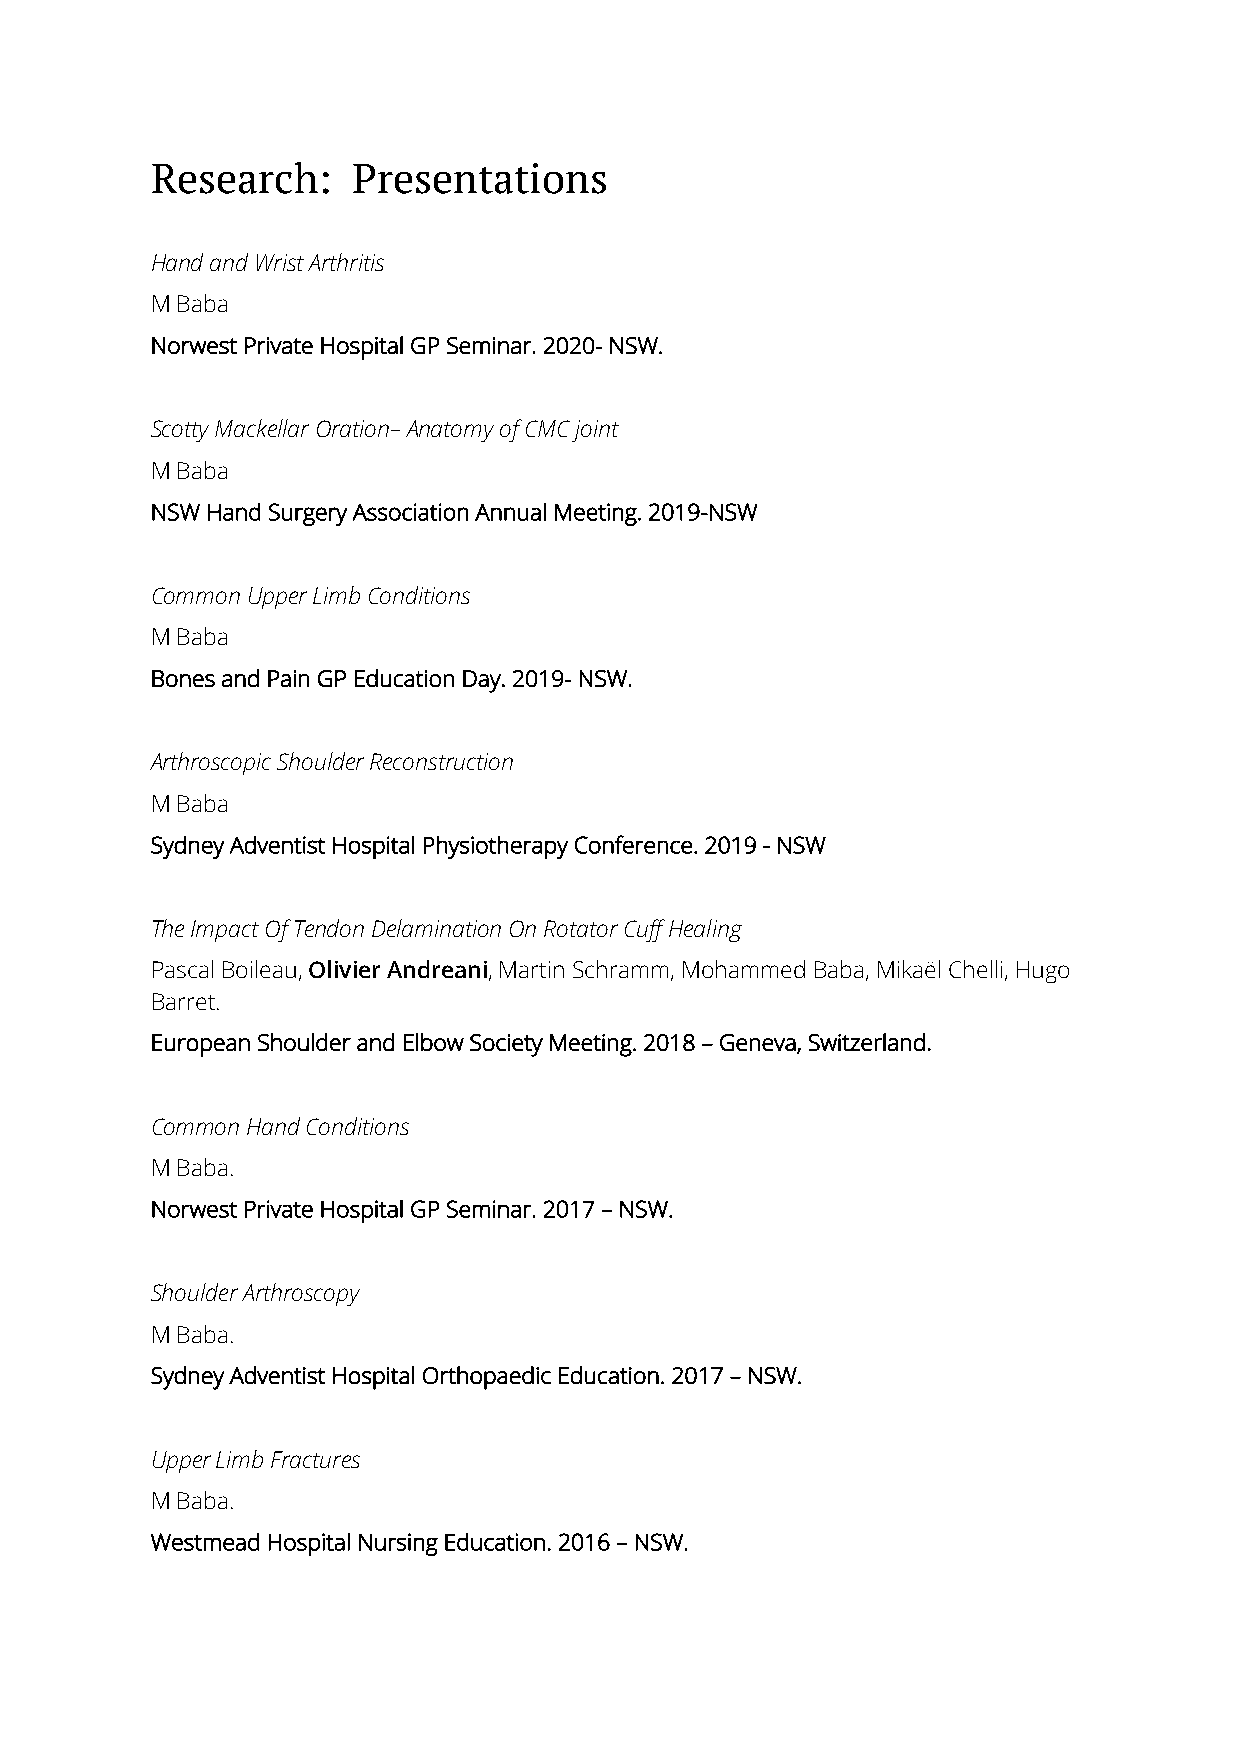
Research:    Presentations
 Hand and Wrist Arthritis
 M Baba
 Norwest Private Hospital GP Seminar. 2020- NSW.
 Scotty Mackellar Oration– Anatomy of CMC joint
 M Baba
 NSW Hand Surgery Association Annual Meeting. 2019-NSW
 Common Upper Limb Conditions
 M Baba
 Bones and Pain GP Education Day. 2019- NSW.
 Arthroscopic Shoulder Reconstruction
 M Baba
 Sydney Adventist Hospital Physiotherapy Conference. 2019 - NSW
 The Impact Of Tendon Delamination On Rotator Cuff Healing
 Pascal Boileau, Olivier Andreani, Martin Schramm, Mohammed Baba, Mikaël Chelli, Hugo
 Barret.
 European Shoulder and Elbow Society Meeting. 2018 – Geneva, Switzerland.
 Common Hand Conditions
 M Baba.
 Norwest Private Hospital GP Seminar. 2017 – NSW.
 Shoulder Arthroscopy
 M Baba.
 Sydney Adventist Hospital Orthopaedic Education. 2017 – NSW.
 Upper Limb Fractures
 M Baba.
 Westmead Hospital Nursing Education. 2016 – NSW.